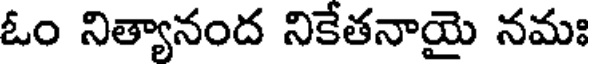
ఓం నిత్యానంద నికేతనాయై నమః